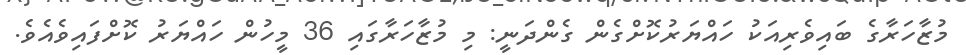
މުޒާހަރާގެ ބައިވެރިއަކު ހައްޔަރުކޮށްގެން ގެންދަނީ: މި މުޒާހަރާގައި 36 މީހުން ހައްޔަރު ކޮށްފައިވެއެވެ.